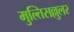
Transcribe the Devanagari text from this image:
मुल्तिसल्लुलर